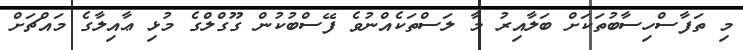
މި ތަފާސްހިސާބުތަކަށް ބަލާއިރު މާ ލަސްތަކެއްނުވެ ފޭސްބުކުން ގޫގްލްގެ މުޅި ޢާއިލާގެ މައްޗަށް